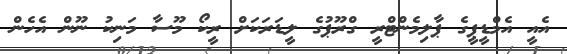
އެއީ އެމްޑީޕީގެ ޕާލިމެންޓްރީ ގްރޫޕުގެ ލީޑަރަކަށް ރީކޯ މޫސާ މަނިކު ނޫން އެހެން